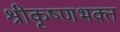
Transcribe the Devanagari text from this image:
श्रीकृष्णभक्त